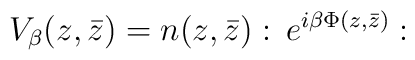
V_{\beta }(z,\bar{z})=n(z,\bar{z}):\, e^{i\beta \Phi (z,\bar{z})}: